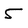
Character: 5